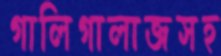
গালিগালাজসহ